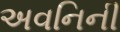
અવનિની